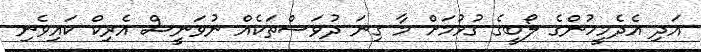
އަދި އެދެމީހުންގެ ލޯބީގެ ގުޅުމަށް މާ ގިނަ ދުވަސްތަކެއް ނުވަނީސް އެރިކް ކައިވެނި